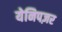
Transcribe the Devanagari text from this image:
येनिपज़र